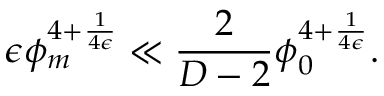
\epsilon \phi _ { m } ^ { 4 + { \frac { 1 } { 4 \epsilon } } } \ll { \frac { 2 } { D - 2 } } \phi _ { 0 } ^ { 4 + { \frac { 1 } { 4 \epsilon } } } .